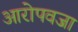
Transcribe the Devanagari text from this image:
आरोपवजा